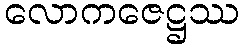
လောကဇေဋ္ဌဿ